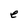
Character: e